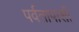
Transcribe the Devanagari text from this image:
पर्वतापाशी